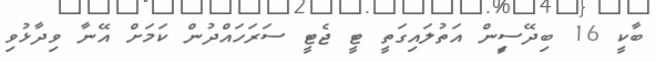
ބާކީ 16 ބިދޭސީިން އަތުލައިގަތީ ޓީ ޖެޓީ ސަރަހައްދުން ކަމަށް އޭނާ ވިދާޅުވި